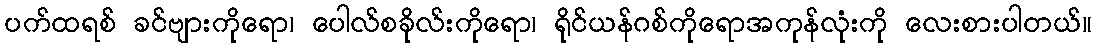
ပက်ထရစ် ခင်ဗျားကိုရော၊ ပေါလ်စခိုလ်းကိုရော၊ ရိုင်ယန်ဂစ်ကိုရောအကုန်လုံးကို လေးစားပါတယ်။